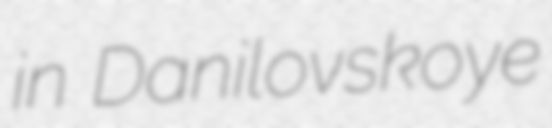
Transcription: in Danilovskoye